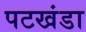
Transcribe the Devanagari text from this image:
पटखंडा